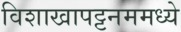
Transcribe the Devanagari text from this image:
विशाखापट्टनममध्ये